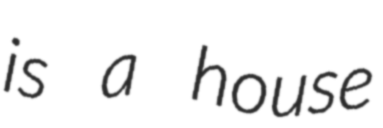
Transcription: is a house